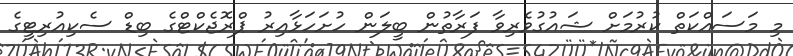
މި މަސައްކަތް ކުރުމަށް ޝައުގުވެރިވާ ފަރާތުން ބީލަން ހުށަހަޅާއިރު ޕްރޮޖެކްޓްގެ ބިޑް ސެކިއުރިޓީގެ